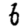
Digit: 6